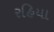
રહિયા